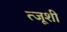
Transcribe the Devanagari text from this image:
त्जूशी